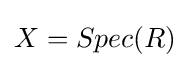
X=Spec(R)